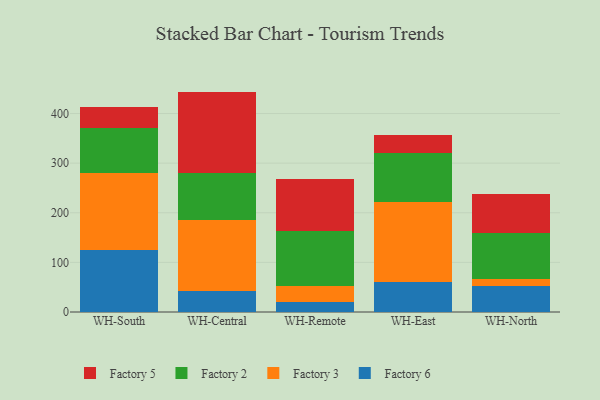
{"axis": {"x": "Warehouse", "y": "Bounce Rate (%)"}, "legend": ["Factory 2", "Factory 3", "Factory 5", "Factory 6"], "data": [{"x": "WH-South", "y": 124.3, "type": "Factory 6"}, {"x": "WH-South", "y": 155.4, "type": "Factory 3"}, {"x": "WH-South", "y": 91.9, "type": "Factory 2"}, {"x": "WH-South", "y": 41.0, "type": "Factory 5"}, {"x": "WH-Central", "y": 42.6, "type": "Factory 6"}, {"x": "WH-Central", "y": 142.9, "type": "Factory 3"}, {"x": "WH-Central", "y": 93.8, "type": "Factory 2"}, {"x": "WH-Central", "y": 164.9, "type": "Factory 5"}, {"x": "WH-Remote", "y": 19.6, "type": "Factory 6"}, {"x": "WH-Remote", "y": 32.7, "type": "Factory 3"}, {"x": "WH-Remote", "y": 111.6, "type": "Factory 2"}, {"x": "WH-Remote", "y": 104.0, "type": "Factory 5"}, {"x": "WH-East", "y": 60.7, "type": "Factory 6"}, {"x": "WH-East", "y": 160.1, "type": "Factory 3"}, {"x": "WH-East", "y": 99.4, "type": "Factory 2"}, {"x": "WH-East", "y": 36.8, "type": "Factory 5"}, {"x": "WH-North", "y": 52.5, "type": "Factory 6"}, {"x": "WH-North", "y": 15.0, "type": "Factory 3"}, {"x": "WH-North", "y": 91.7, "type": "Factory 2"}, {"x": "WH-North", "y": 79.2, "type": "Factory 5"}]}